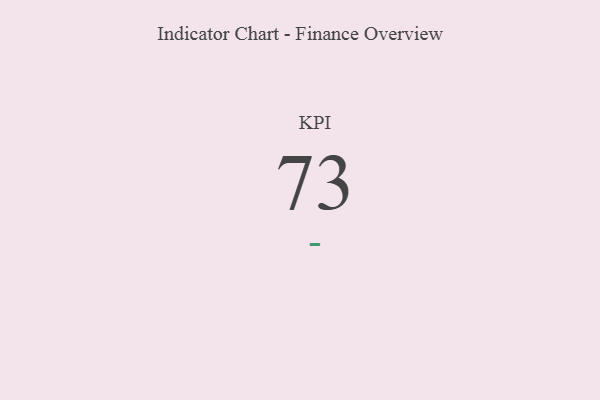
{"axis": {"x": "KPI", "y": "Value"}, "legend": [""], "data": [{"x": "KPI", "y": 73, "type": ""}]}